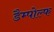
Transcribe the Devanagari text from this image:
डैम्पोल्फ